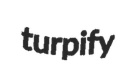
turpify